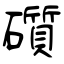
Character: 礩